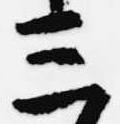
三